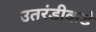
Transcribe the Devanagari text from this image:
उतरंडीकडे